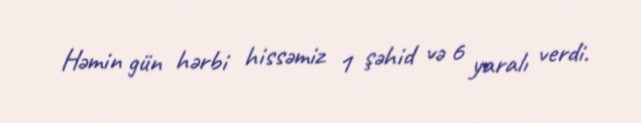
Həmin gün hərbi hissəmiz 1 şəhid və 6 yaralı verdi.